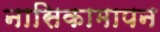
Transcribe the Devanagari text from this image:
नासिकामापन